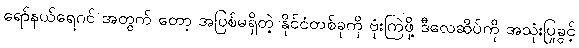
ရော်နယ်ရေဂင် အတွက် တော့ အပြစ်မရှိတဲ့ နိုင်ငံတစ်ခုကို ဗုံးကြဲဖို့ ဒီလေဆိပ်ကို အသုံးပြုခွင့်